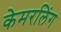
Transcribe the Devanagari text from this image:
केमरलिंग